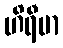
ဟိရီမာ